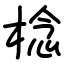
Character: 棯